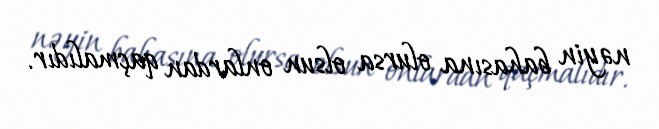
nəyin bahasına olursa olsun onlardan qaçmalıdır.